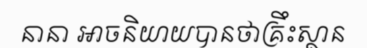
នានា អាចនិយាយបានថាគ្រឹះស្ថាន